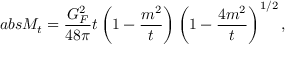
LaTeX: a b s M _ { t } = \frac { G _ { F } ^ { 2 } } { 4 8 \pi } t \left( 1 - \frac { m ^ { 2 } } { t } \right) \left( 1 - \frac { 4 m ^ { 2 } } { t } \right) ^ { 1 / 2 } ,